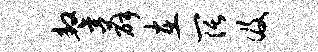
鏊薛在阔及